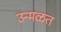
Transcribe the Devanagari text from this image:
उन्मळत